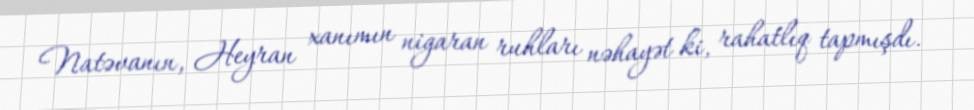
Natəvanın, Heyran xanımın nigaran ruhları nəhayət ki, rahatlıq tapmışdı.